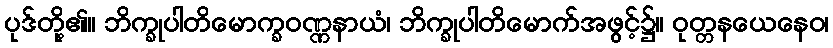
ပုဒ်တို့၏။ ဘိက္ခုပါတိမောက္ခဝဏ္ဏနာယံ၊ ဘိက္ခုပါတိမောက်အဖွင့်၌။ ဝုတ္တနယေနေဝ၊